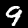
Label: 9